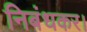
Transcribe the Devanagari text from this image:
निबंधकर।